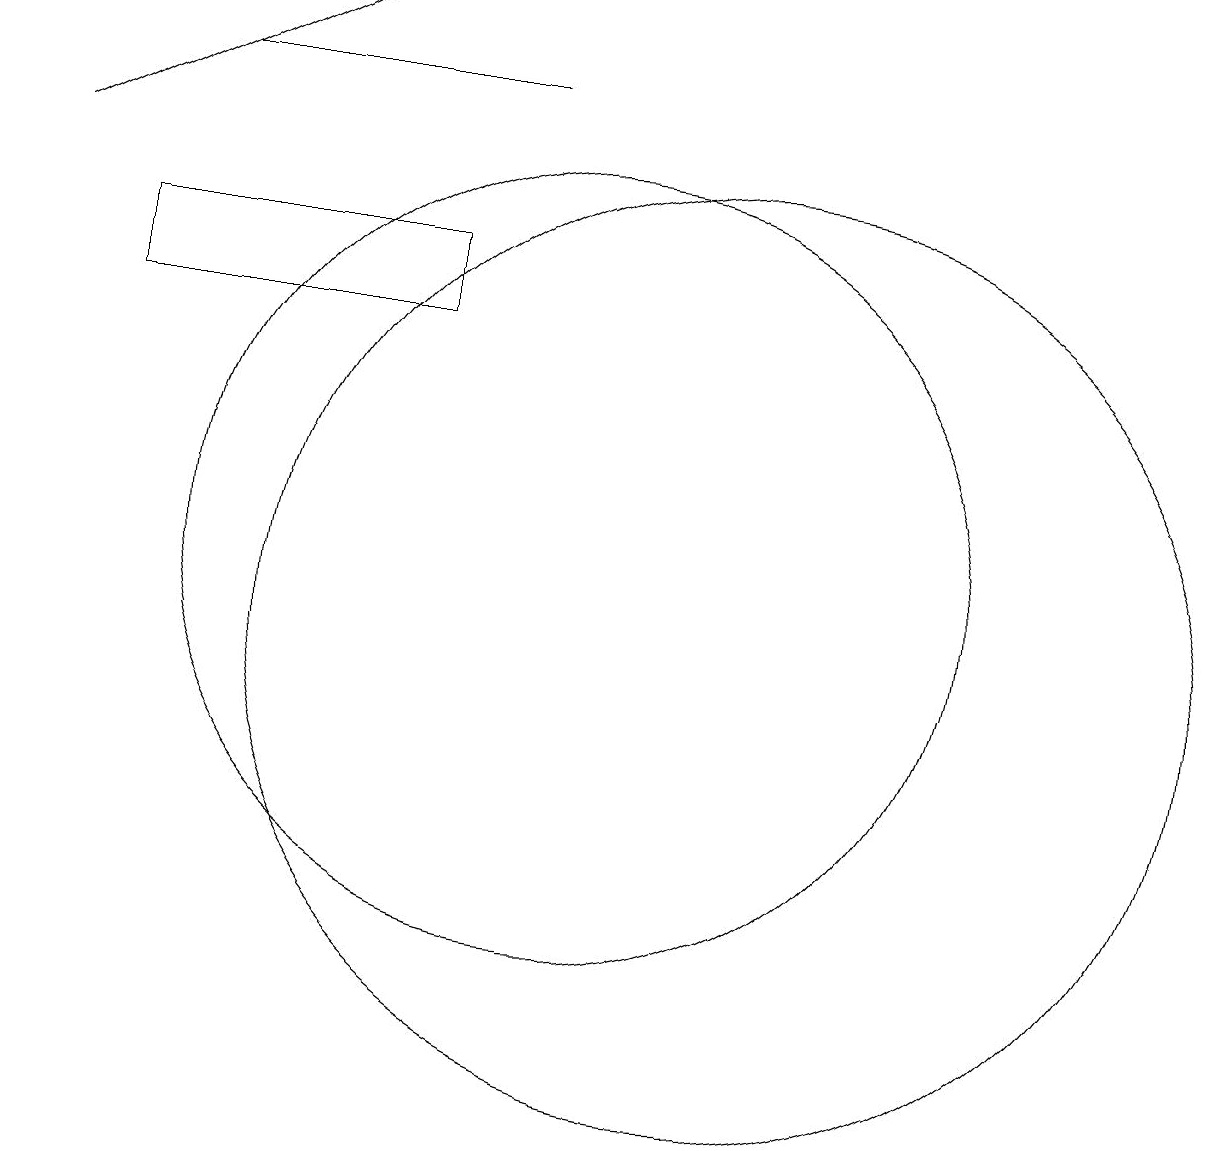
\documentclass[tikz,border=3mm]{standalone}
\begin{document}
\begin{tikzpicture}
\draw (8,15) rectangle (4,14);
\draw (9,17) rectangle (5,17);
\draw (12,10) circle (6);
\draw (10,11) circle (5);
\draw[->] (3,16) -- (7,18);
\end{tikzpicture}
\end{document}